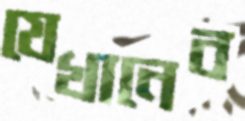
যেখানেব